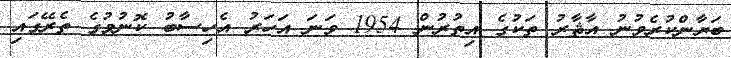
ބަޔާންކުރެވުނު އާޘާރު ތަކުގެ އިތުރުން 1954 ވަނަ އަހަރު އެހިސާބު ކޮނުމުގެ ތެރޭގައި